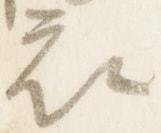
衣